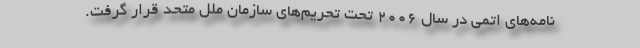
نامه‌های اتمی در سال 2006 تحت تحریم‌های سازمان ملل متحد قرار گرفت.